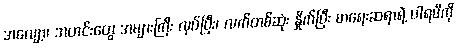
အလျော့၊ အတင်းတွေ အများကြီး လုပ်ပြီး၊ လက်တစ်ဆုံး နှိုက်ပြီး စာရေးဆရာရဲ့ ပါရမီကို